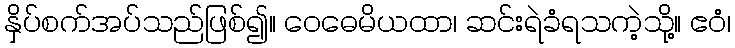
နှိပ်စက်အပ်သည်ဖြစ်၍။ ဝေဓေမိယထာ၊ ဆင်းရဲခံရသကဲ့သို့။ ဧဝံ၊